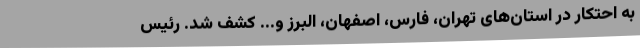
به احتکار در استان‌های تهران، فارس، اصفهان، البرز و... کشف شد. رئیس